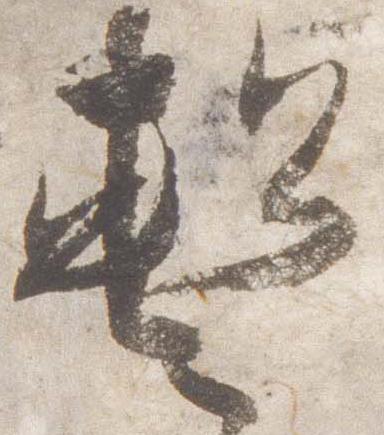
暫